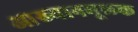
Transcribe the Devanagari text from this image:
आख्यानमूलक